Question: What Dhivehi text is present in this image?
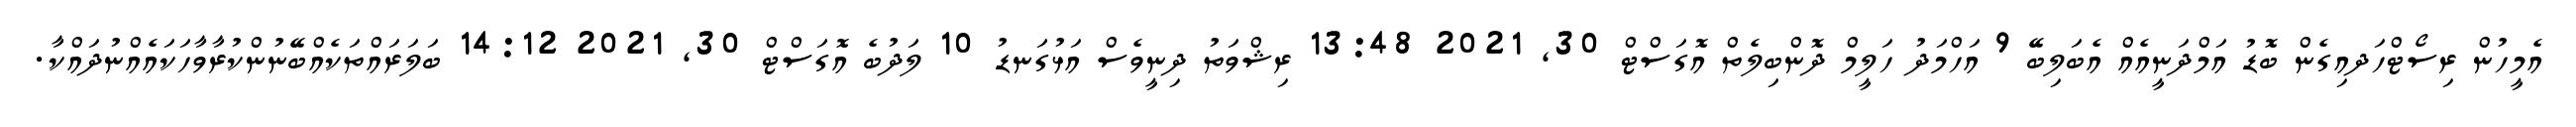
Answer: އެމީހުން ރިސޯޓްހަދއިގެން ބޮޑު އަމްދަނީއެއް އެބަލިބޭ 9 އަހްމަދު ހަލީމް ދޮންބިލެތް އޮގަސްޓް 30, 2021 13:48 ރިޝްވަތު ދިނީވެސް އަޅުގަނޑު 10 ލަދުބެ އޮގަސްޓް 30, 2021 14:12 ބަލަރައްތަކެއްބޭނުންކުރާވާހަކައެއްނުދައްކާ.